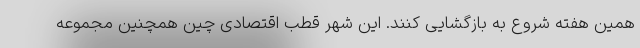
همین هفته شروع به بازگشایی کنند. این شهر قطب اقتصادی چین همچنین مجموعه